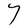
Character: Y